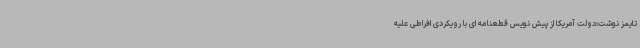
تایمز نوشت:دولت آمریکا از پیش نویس قطعنامه ای با رویکردی افراطی علیه